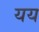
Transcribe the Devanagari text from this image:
यय